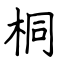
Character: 桐